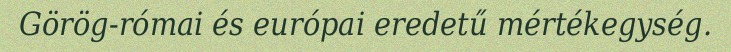
Görög-római és európai eredetű mértékegység.